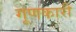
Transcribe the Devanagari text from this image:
गूणकारी